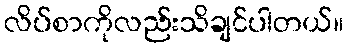
လိပ်စာကိုလည်းသိချင်ပါတယ်။